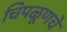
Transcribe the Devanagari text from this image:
चिपळूणचे